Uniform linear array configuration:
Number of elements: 48
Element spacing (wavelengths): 1
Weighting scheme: hamming
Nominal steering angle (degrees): -60
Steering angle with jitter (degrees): -60.94
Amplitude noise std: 0.05
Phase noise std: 0.05

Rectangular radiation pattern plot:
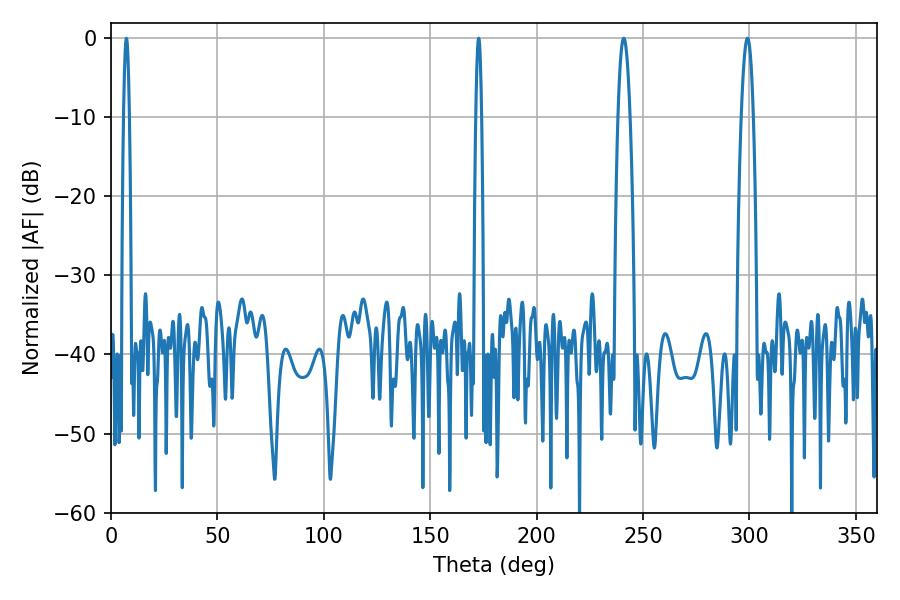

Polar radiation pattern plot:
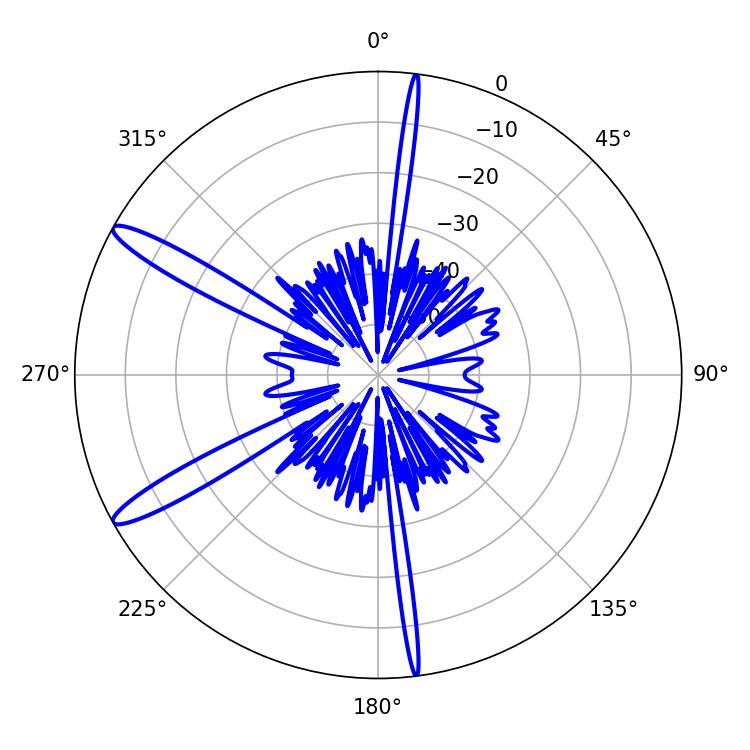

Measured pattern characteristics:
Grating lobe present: TRUE
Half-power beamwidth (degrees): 1.44
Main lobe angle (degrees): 7.2